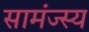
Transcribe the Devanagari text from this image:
सामंज्स्य